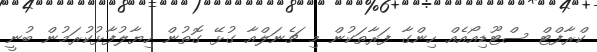
ކްރާފްޓް ސްޓޫޑިއޯއެއް ހިންގާ ފަރާތަކުން މި ޗެނަލްއާ ގުޅޭ ގޮތުން ހިޔާލުފާޅުކުރަމުން ބުނީ